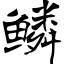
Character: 鳞